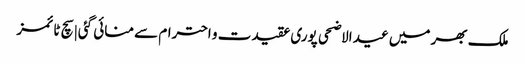
ملک بھر میں عید الاضحی پوری عقیدت و احترام سے منائی گئی | سچ ٹائمز